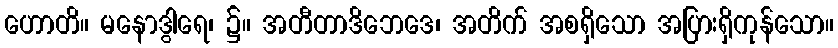
ဟောတိ။ မနောဒွါရေ၊ ၌။ အတီတာဒိဘေဒေ၊ အတိက် အစရှိသော အပြားရှိကုန်သော။